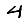
Digit: 4